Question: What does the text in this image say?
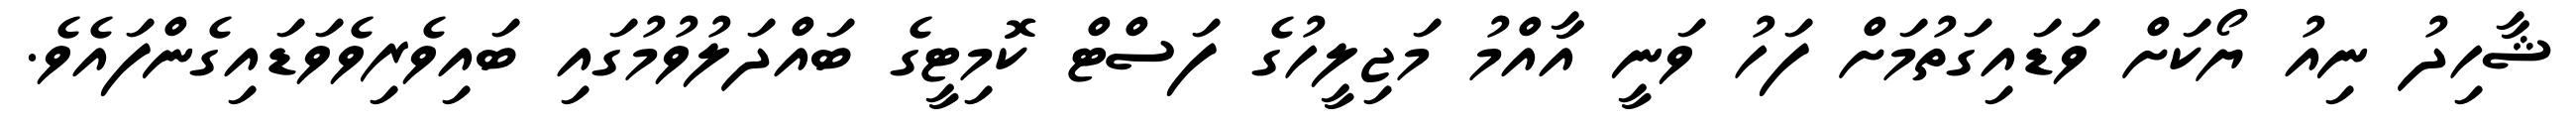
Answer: ޝާހިދު ނިއު ޔޯކަށް ވަޑައިގަތުމަށް ފަހު ވަނީ އާއްމު މަޖިލީހުގެ ފަސްޓް ކޮމިޓީގެ ބައްދަލުވުމުގައި ބައިވެރިވެވަޑައިގެންފައެވެ.